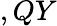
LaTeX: ,QY